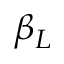
\beta _ { L }